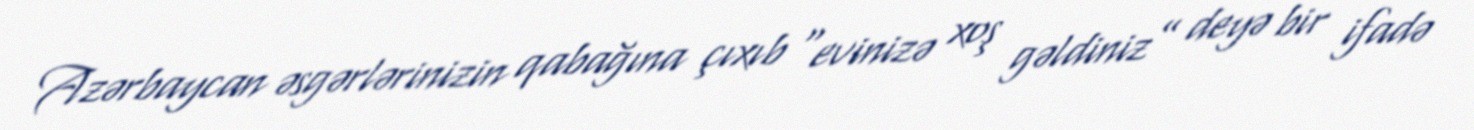
Azərbaycan əsgərlərinizin qabağına çıxıb “evinizə xoş gəldiniz” deyə bir ifadə